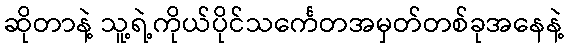
ဆိုတာနဲ့ သူ့ရဲ့ကိုယ်ပိုင်သင်္ကေတအမှတ်တစ်ခုအနေနဲ့